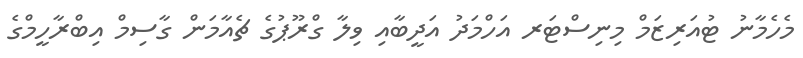
މެހެމާނު ޓުއަރިޒަމް މިނިސްޓަރ އަހްމަދު އަދީބާއި ވިލާ ގްރޫޕުގެ ޗެއާމަން ގާސިމް އިބްރާހީމްގެ